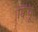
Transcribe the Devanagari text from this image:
क्विपू